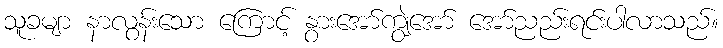
သူခမျာ နာလွန်းသော ကြောင့် နွားအော်ကျွဲအော် အော်ညည်းရင်းပါလာသည်။